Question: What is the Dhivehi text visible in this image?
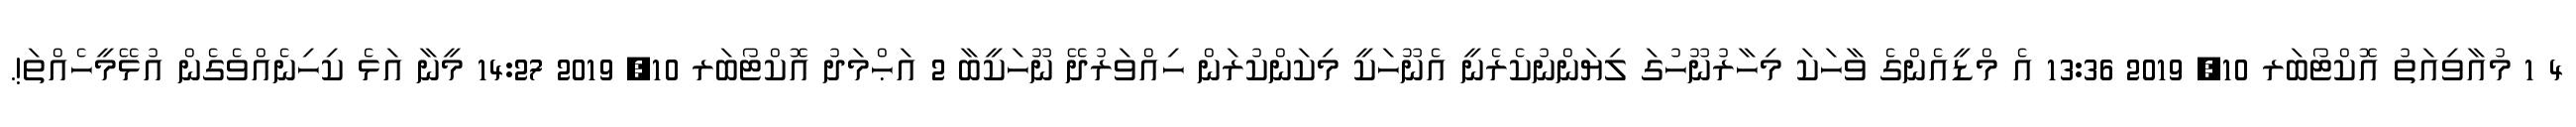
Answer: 4 1 މުއާވިއަތު އޮކްޓޯބަރ 10, 2019 13:36 އެ މްޑީއެންގެ ވާހަކަ މިހާރުނޫހުގަ ލިޔަންނުކެރެނީ އެނޫހަކީ މިކަންކުރަން ހިއްވަރުދޭ ނޫހަކީބާ 2 އަޙްމަދު އޮކްޓޯބަރ 10, 2019 14:27 މީނާ އަޅެ ކިހިނެއްވެގެން އުޅޭމީހެއްތަ!.